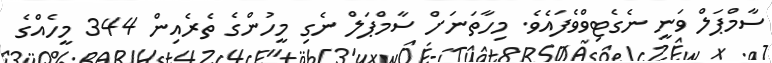
ސާމްޕަލް ވަނީ ނެގެޓިވްވެފައެވެ. މިހާތަނަށް ސާމްޕަލް ނެގި މީހުންގެ ތެރެއިން 344 މީހެއްގެ